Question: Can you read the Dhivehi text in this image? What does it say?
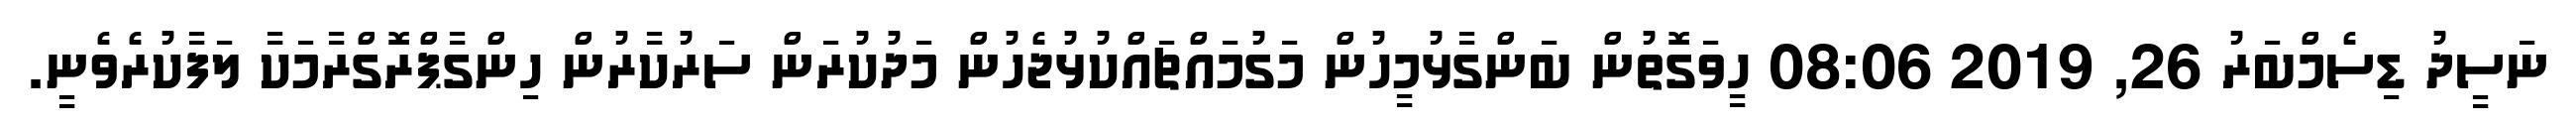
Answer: ނަސީދު ޑިސެމްބަރު 26, 2019 08:06 ހީވަގޮތުން ބަންގާޅުމީހުން މަގުމައްޗައްކުޅުޖެހުން މަދުކުރަން ސަރުކާރުން ހިންގާޕްރޮގްރާމަކާ ލަފާކުރެވެނީ.